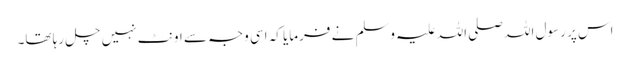
اس پر رسول اللہ صلی اللہ علیہ وسلم نے فرمایا کہ اسی وجہ سے اونٹ نہیں چل رہا تھا۔